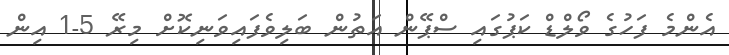
އެންމެ ފަހުގެ ވޯލްޑް ކަޕުގައި ސްޕޭން އަތުން ބަލިވެފައިވަނިކޮށް މިރޭ 5-1 އިން